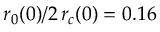
r _ { 0 } ( 0 ) / 2 \, r _ { c } ( 0 ) = 0 . 1 6